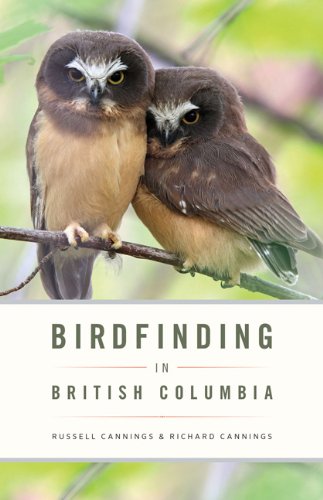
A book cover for Birdfinding in British Columbia; Richard Cannings; Travel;